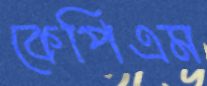
কেপিএম